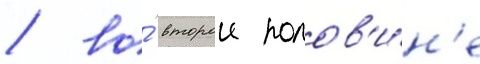
/ во́ второи полов'и́н'е